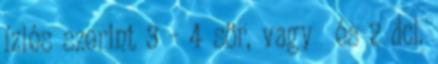
ízlés szerint 3 - 4 sör, vagy és 2 dcl.